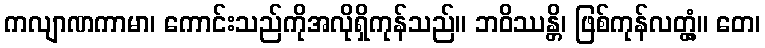
ကလျာဏကာမာ၊ ကောင်းသည်ကိုအလိုရှိကုန်သည်။ ဘဝိဿန္တိ၊ ဖြစ်ကုန်လတ္တံ့။ တေ၊